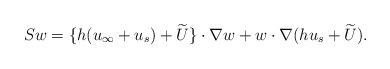
LaTeX: \begin{align*}Sw=\{h(u_\infty+u_s)+\widetilde U\}\cdot\nabla w+w\cdot\nabla (hu_s+\widetilde U).\end{align*}